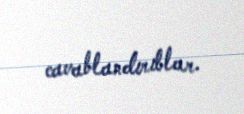
cavablandırıblar.